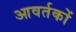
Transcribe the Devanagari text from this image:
आवर्तकों